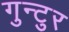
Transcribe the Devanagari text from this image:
गुन्टुर